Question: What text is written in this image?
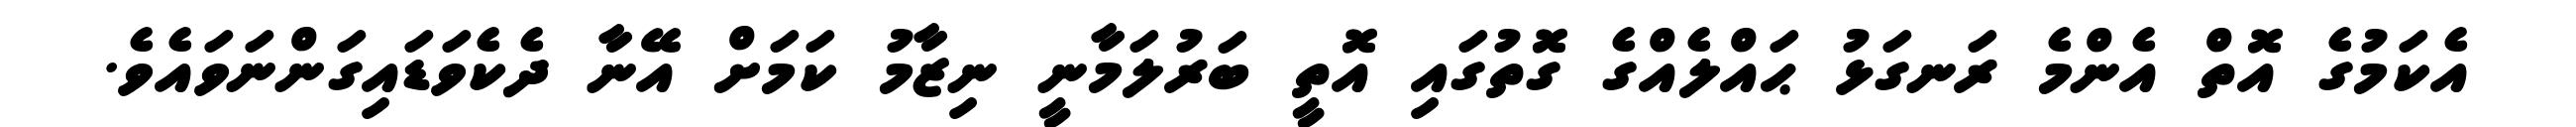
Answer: އެކަމުގެ އޮތް އެންމެ ރަނގަޅު ޙައްލެއްގެ ގޮތުގައި އޮތީ ބަރުލަމާނީ ނިޒާމު ކަމަށް އޭނާ ދެކެވަޑައިގަންނަވައެވެ.